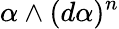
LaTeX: \alpha\wedge(d\alpha)^{n}